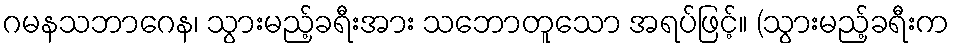
ဂမနသဘာဂေန၊ သွားမည့်ခရီးအား သဘောတူသော အရပ်ဖြင့်။ (သွားမည့်ခရီးက